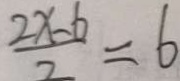
\frac { 2 x - 6 } { 2 } = 6